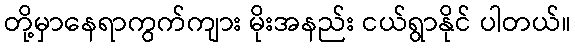
တို့မှာနေရာကွက်ကျား မိုးအနည်း ငယ်ရွာနိုင် ပါတယ်။